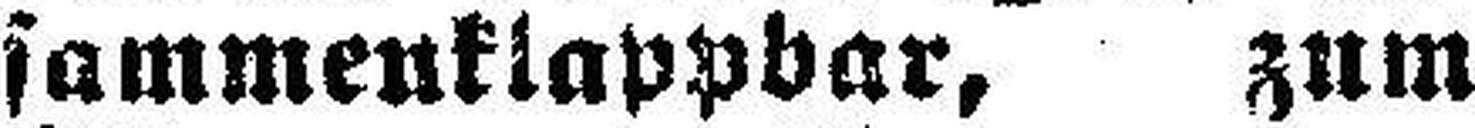
sammenklappbar, zum